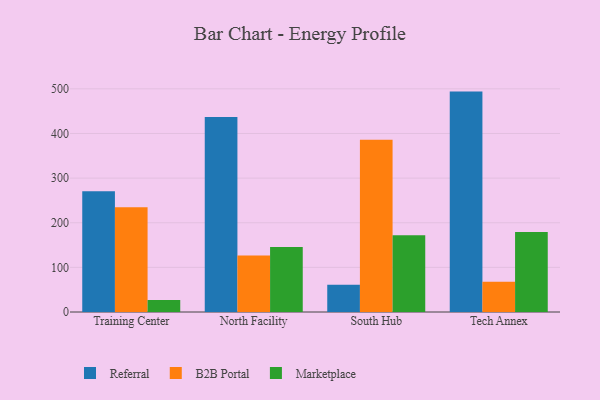
{"axis": {"x": "Campus", "y": "Churn Rate (%)"}, "legend": ["B2B Portal", "Marketplace", "Referral"], "data": [{"x": "Training Center", "y": 270.3, "type": "Referral"}, {"x": "Training Center", "y": 234.5, "type": "B2B Portal"}, {"x": "Training Center", "y": 27.0, "type": "Marketplace"}, {"x": "North Facility", "y": 437.1, "type": "Referral"}, {"x": "North Facility", "y": 126.8, "type": "B2B Portal"}, {"x": "North Facility", "y": 145.9, "type": "Marketplace"}, {"x": "South Hub", "y": 61.2, "type": "Referral"}, {"x": "South Hub", "y": 385.8, "type": "B2B Portal"}, {"x": "South Hub", "y": 172.1, "type": "Marketplace"}, {"x": "Tech Annex", "y": 493.8, "type": "Referral"}, {"x": "Tech Annex", "y": 67.8, "type": "B2B Portal"}, {"x": "Tech Annex", "y": 179.4, "type": "Marketplace"}]}